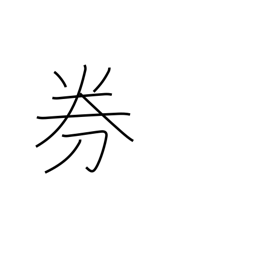
Meaning: ticket